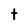
Character: t